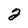
Character: 2